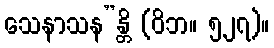
သေနာသန”န္တိ (ဝိဘ။ ၅၂၇)။